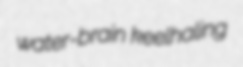
water-brain keelhaling